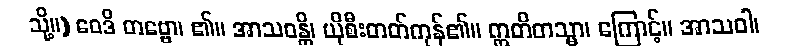
သို့။) ဝေဒိ တဗ္ဗော၊ ၏။ အာသဝန္တိ၊ ယိုစီးတတ်ကုန်၏။ ဣတိတသ္မာ၊ ကြောင့်။ အာသဝါ၊